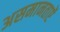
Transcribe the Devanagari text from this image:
असमानताऐं